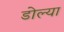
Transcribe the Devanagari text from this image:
डोल्या